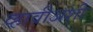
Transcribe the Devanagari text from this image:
व्हावीअशी